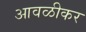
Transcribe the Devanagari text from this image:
आवळीकर